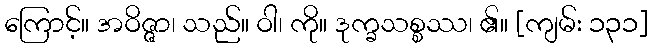
ကြောင့်။ အဝိဇ္ဇာ၊ သည်။ ဝါ၊ ကို။ ဒုက္ခသစ္စဿ၊ ၏။ [ကျမ်း ၁၃၁]